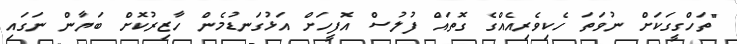
"ތަހްގީގަކަށް ނުވަތަ ހެކިވެރިއެއްގެ ގޮތައް ފުލުސް އޮފީހަށް އަޅުގަނޑުމެން ހާޒިރުކޮށް ބަޔާން ނަގައި